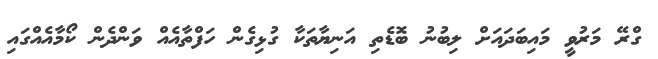
ގްރޭ މަރުވީ މައިބަދައަށް ލިބުނު ބޮޑެތި އަނިޔާތަކާ ގުޅިގެން ހަފްތާއެއް ވަންދެން ކޯމާއެއްގައި